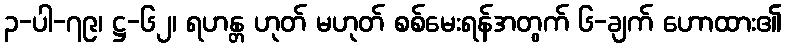
၃-ပါ-၇၉၊ ဋ္ဌ-၆၂၊ ရဟန္တ ဟုတ် မဟုတ် စစ်မေးရန်အတွက် ၆-ချက် ဟောထား၏